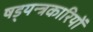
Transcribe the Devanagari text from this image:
षड्‍यन्त्रकारियों